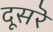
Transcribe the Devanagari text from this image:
दूसरॆ